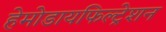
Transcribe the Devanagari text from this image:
हेमोडायफिल्ट्रेशन